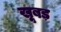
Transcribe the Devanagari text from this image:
खूबड़